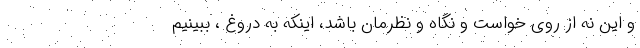
و این نه از روی خواست و نگاه و نظرمان باشَد، اینکه به دروغ ، ببینیم